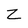
Character: Z